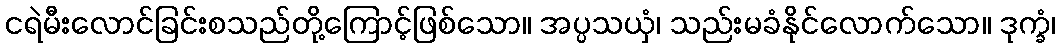
ငရဲမီးလောင်ခြင်းစသည်တို့ကြောင့်ဖြစ်သော။ အပ္ပသယှံ၊ သည်းမခံနိုင်လောက်သော။ ဒုက္ခံ၊